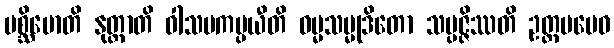
ပစ္ဆိမောတိ နုတ္ထာတိ ဝါသမကပ္ပယီတိ ဓမ္မသမ္မုဒိတော သမ္ပဇ္ဇိဿတိ ဥတ္တမမေဝ